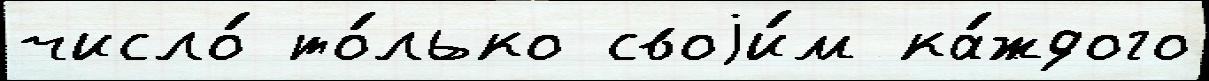
число́ то́лько своjи́м ка́ждого